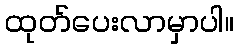
ထုတ်ပေးလာမှာပါ။